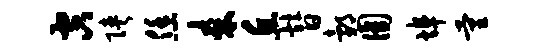
空陕恁耒丘替邰圆埠量